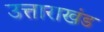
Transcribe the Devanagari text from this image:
उत्ताराखंड